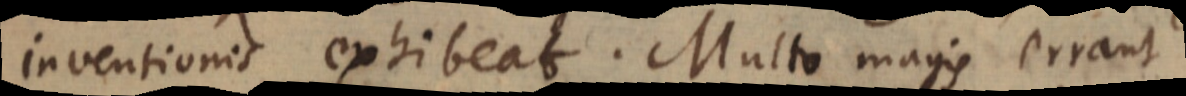
inventionis exhibeat. Multo magis errant